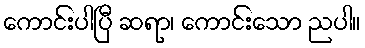
ကောင်းပါပြီ ဆရာ၊ ကောင်းသော ညပါ။